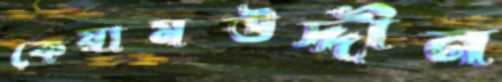
কেয়ামউদ্দীন